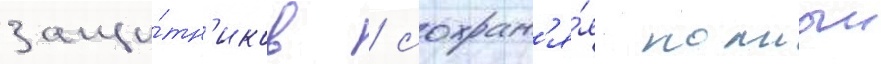
защи́тн'иков / сохран'я́я полныи